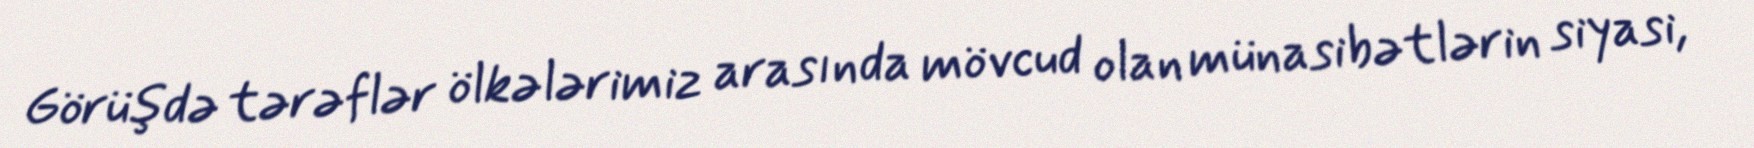
Görüşdə tərəflər ölkələrimiz arasında mövcud olan münasibətlərin siyasi,